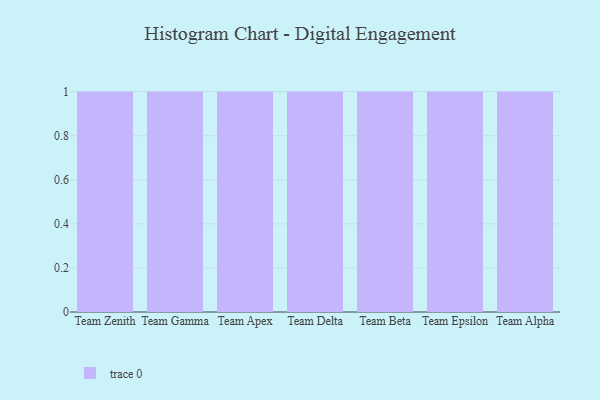
{"axis": {"x": "Team", "y": "Website Visitors"}, "legend": [""], "data": [{"x": "Team Zenith", "y": 43, "type": ""}, {"x": "Team Gamma", "y": 41, "type": ""}, {"x": "Team Apex", "y": 33, "type": ""}, {"x": "Team Delta", "y": 37, "type": ""}, {"x": "Team Beta", "y": 41, "type": ""}, {"x": "Team Epsilon", "y": 65, "type": ""}, {"x": "Team Alpha", "y": 18, "type": ""}]}